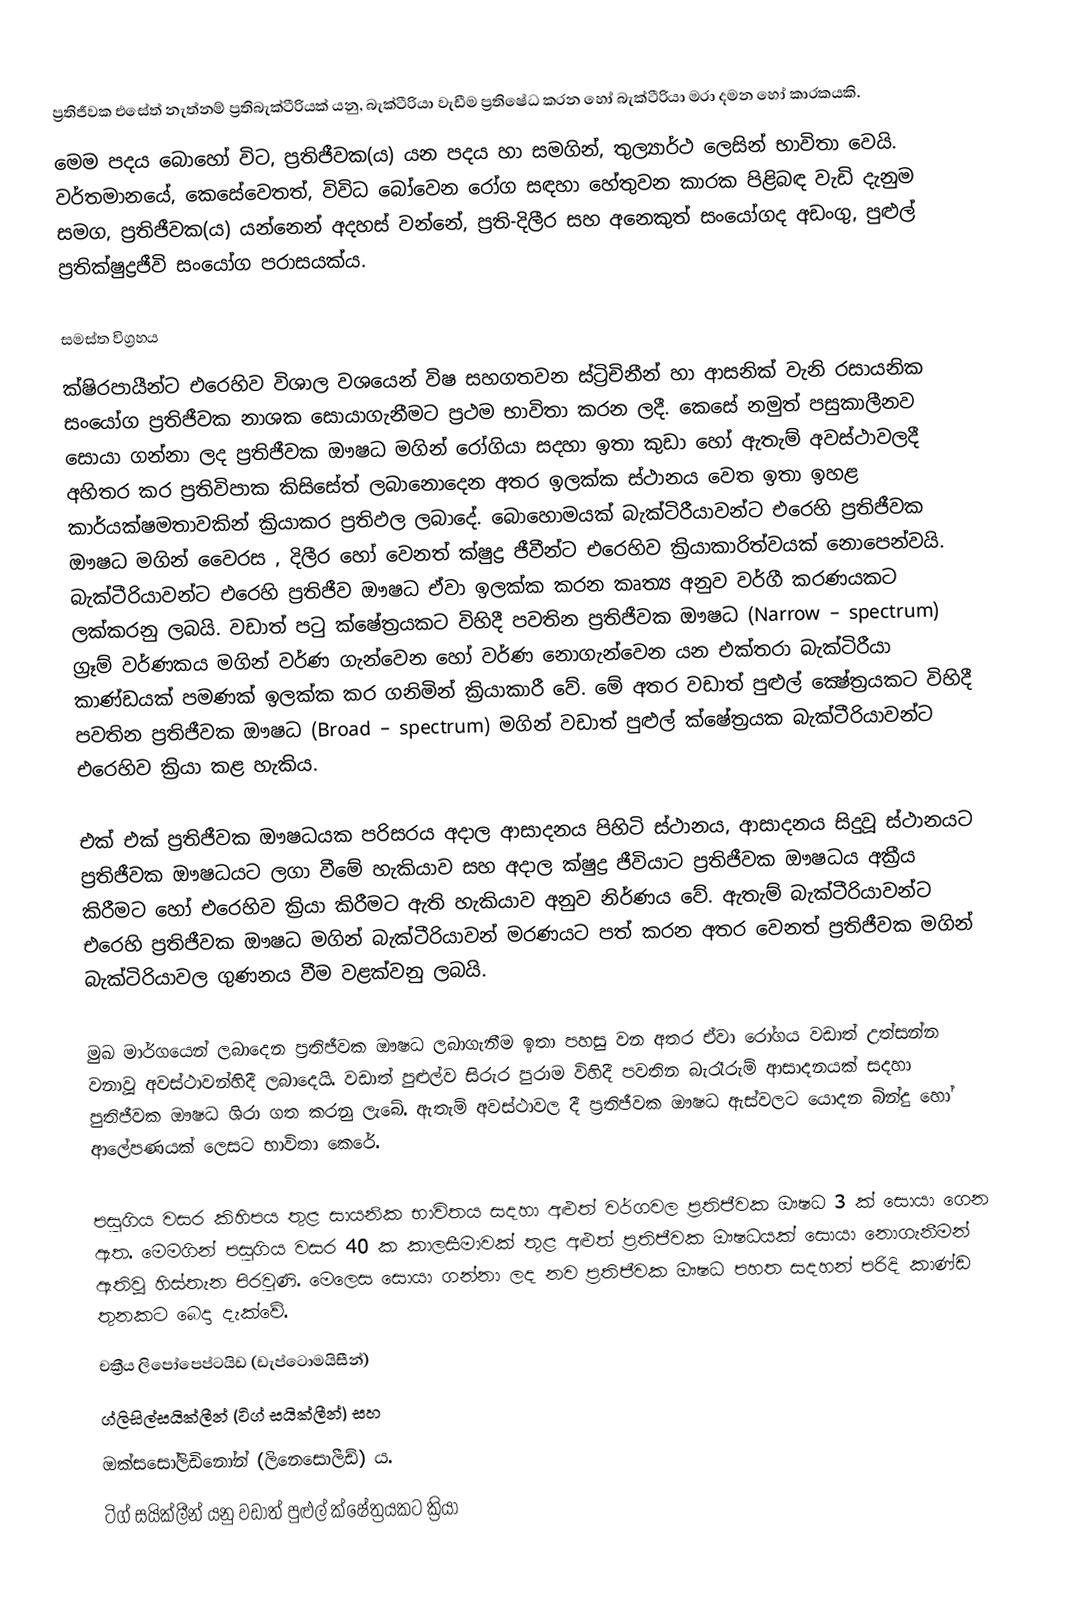
ප්‍රතිජීවක එසේත් නැත්නම් ප්‍රතිබැක්ටීරියක් යනු, බැක්ටීරියා වැඩීම ප්‍රතිෂේධ කරන හෝ  බැක්ටීරියා මරා දමන හෝ කාරකයකි.
මෙම පදය බොහෝ විට,  ප්‍රතිජීවක(ය) යන පදය හා සමගින්, තුල්‍යාර්ථ ලෙසින් භාවිතා වෙයි. වර්තමානයේ, කෙසේවෙතත්, විවිධ බෝවෙන රෝග සඳහා හේතුවන කාරක පිළිබඳ වැඩි දැනුම සමග, ප්‍රතිජීවක(ය) යන්නෙන් අදහස් වන්නේ,  ප්‍රති-දිලීර සහ අනෙකුත් සංයෝගද අඩංගු, පුළුල් ප්‍රතික්ෂුද්‍රජීවි සංයෝග පරාසයක්ය.

සමස්ත විග්‍රහය
ක්ෂිරපායීන්ට එරෙහිව විශාල වශයෙන් විෂ සහගතවන ස්ට්‍රිචිනීන් හා ආසනික් වැනි රසායනික සංයෝග ප්‍රතිජීවක නාශක සොයාගැනීමට ප්‍රථම භාවිතා කරන ලදී. කෙසේ නමුත් පසුකාලීනව සොයා ගන්නා ලද ප්‍රතිජීවක ඖෂධ මගින් රෝගියා සදහා ඉතා කුඩා හෝ ඇතැම් අවස්ථාවලදී අහිතර කර ප්‍රතිවිපාක කිසිසේත් ලබානොදෙන අතර ඉලක්ක ස්ථානය වෙත ඉතා ඉහළ කාර්යක්ෂමතාවකින් ක්‍රියාකර ප්‍රතිඵල ලබාදේ. බොහොමයක් බැක්ටිරීයාවන්ට එරෙහි ප්‍රතිජීවක ඖෂධ මගින්  වෛරස , දිලීර හෝ වෙනත් ක්ෂුද්‍ර ජීවීන්ට එරෙහිව ක්‍රියාකාරිත්වයක් නොපෙන්වයි. බැක්ටීරියාවන්ට එරෙහි ප්‍රතිජීව ඖෂධ ඒවා ඉලක්ක කරන කෘත්‍ය අනුව වර්ගී කරණයකට ලක්කරනු ලබයි. වඩාත් පටු ක්ෂේත්‍රයකට විහිදී පවතින ප්‍රතිජීවක ඖෂධ (Narrow – spectrum) ග්‍රෑම් වර්ණකය මගින් වර්ණ ගැන්වෙන හෝ වර්ණ නොගැන්වෙන යන එක්තරා බැක්ටිරීයා කාණ්ඩයක් පමණක් ඉලක්ක කර ගනිමින් ක්‍රියාකාරී වේ. මේ අතර වඩාත් පුළුල් ක්‍ෂේත්‍රයකට විහිදී පවතින ප්‍රතිජීවක ඖෂධ (Broad – spectrum) මගින් වඩාත් පුළුල් ක්ෂේත්‍රයක බැක්ටීරියාවන්ට එරෙහිව ක්‍රියා කළ හැකිය.

එක් එක් ප්‍රතිජීවක ‍ඖෂධයක පරිසරය අදාල ආසාදනය පිහිටි ස්ථානය, ආසාදනය සිදුවූ ස්ථානයට ප්‍රතිජීවක ඖෂධයට ලගා වීමේ හැකියාව සහ අදාල ක්ෂුද්‍ර ජීවියාට ප්‍රතිජීවක ඖෂධය අක්‍රීය කිරීමට හෝ එරෙහිව ක්‍රියා කිරීමට ඇති හැකියාව අනුව නිර්ණය වේ. ඇතැම් බැක්ටීරියාවන්ට එරෙහි ප්‍රතිජීවක ඖෂධ මගින් බැක්ටීරියාවන් මරණයට පත් කරන අතර වෙනත් ප්‍රතිජීවක මගින් බැක්ටිරියාවල ගුණනය වීම වළක්වනු ලබයි.

මුඛ මාර්ගයෙන් ලබාදෙන ප්‍රතිජීවක ඖෂධ ලබාගැනීම ඉතා පහසු වන අතර ඒවා රෝගය වඩාත් උත්සන්න වනාවූ අවස්ථාවන්හිදී ලබාදෙයි. වඩාත් පුළුල්ව සිරුර පුරාම විහිදී පවතින බැරෑරුම් ආසාදනයක් සදහා පුතිජීවක ඖෂධ ශිරා ගත කරනු ල‍ැබේ. ඇතැම් අවස්ථාවල දී ප්‍රතිජීවක ඖෂධ ඇස්වලට යොදන  බින්දු හෝ ආලේපණයක් ලෙසට භාවිතා කෙරේ.

පසුගිය වසර කිහිපය තුළ සායනික භාවිතය සදහා අළුත් වර්ගවල ප්‍රතිජීවක ඖෂධ 3 ක් සොයා ගෙන ඇත. මෙමගින්  පසුගිය වසර 40 ක කාලසීමාවක් තුළ අළුත් ප්‍රතිජීවක ඖෂධයක් සොයා නොගැනීමන් ඇතිවූ  හිස්තැන පිරවුණි. මෙලෙස සොයා ගන්නා ලද නව ප්‍රතිජීවක ඖෂධ පහත සදහන් පරිදි කාණ්ඩ තුනකට බෙදා දැක්වේ.
චක්‍රීය ලිපෝපෙප්ටයිඩ (ඩැප්ටොමයිසීන්)
ග්ලිසිල්සයික්ලීන් (ටිග් සයික්ලීන්) සහ
ඔක්සසෝලිඩිනෝන් (ලිනෙසොලීඩ්) ය.
ටිග් සයික්ලීන් යනු වඩාත් පුළුල් ක්ෂේත්‍රයකට ක්‍රියා